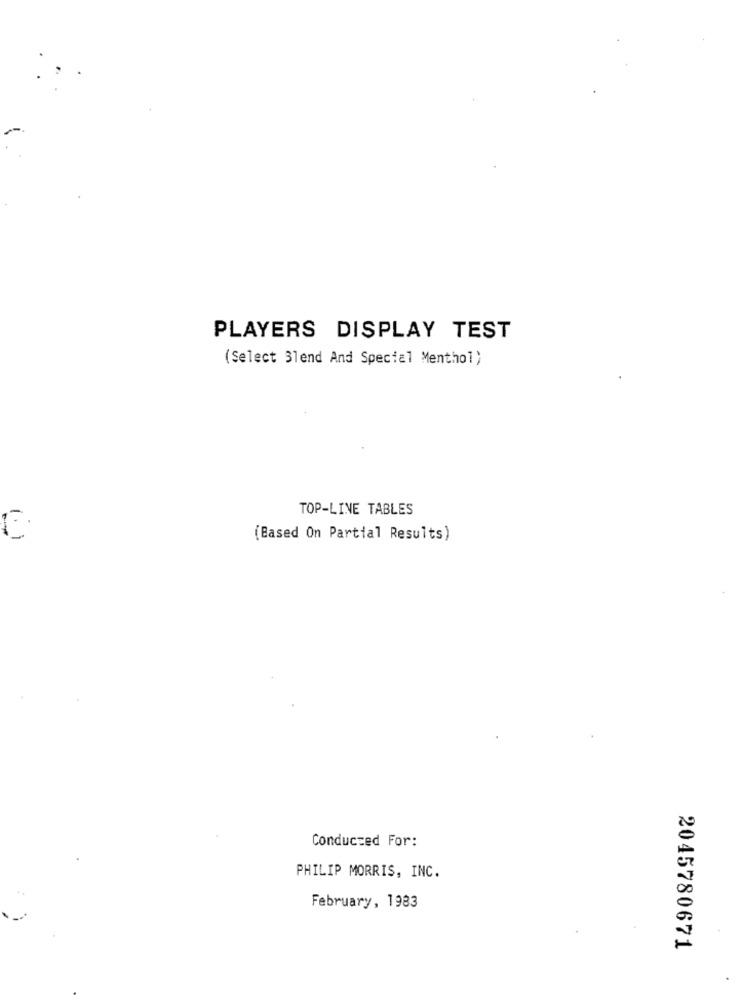
PLAYERS DISPLAY TEST
(Select 31end And Special Menthol)
TOP-LINE TABLES
1.1
[Based On Partial Results)
Conducted For:
PHILIP MORRIS, INC.
February, 1983
2045780671